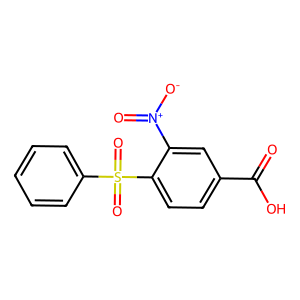
SMILES: O=C(O)c1ccc(S(=O)(=O)c2ccccc2)c([N+](=O)[O-])c1
Inhibits HIV replication: No